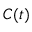
C ( t )